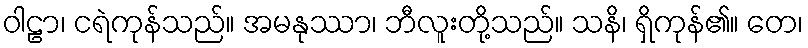
ဝါဠာ၊ ငရဲကုန်သည်။ အမနုဿာ၊ ဘီလူးတို့သည်။ သနိ၊ ရှိကုန်၏။ တေ၊